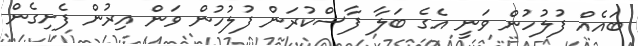
ބައެއް ފުލުހުން ވަނީ އެގެ ބަލާ ފާސްކުރަން ފުލުހުން ވަން އިރުން ފެށިގެން